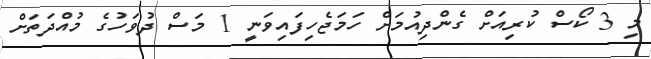
މި 3 ކޯސް ކުރިއަށް ގެންދިއުމަށް ހަމަޖެހިފައިވަނީ 1 މަސް ދުވަހުގެ މުއްދަތަށް